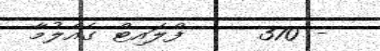
- 370     ފްލައިޓް ގެއްލުމާ